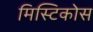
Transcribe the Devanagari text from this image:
मिस्टिकोस